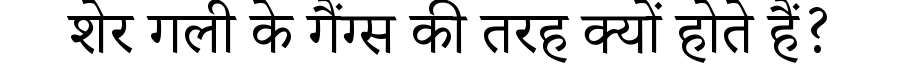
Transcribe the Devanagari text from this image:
शेर गली के गैंग्स की तरह क्यों होते हैं?